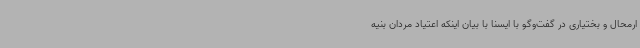
ارمحال و بختیاری در گفت‌وگو با ایسنا با بیان اینکه اعتیاد مردان بنیه